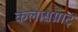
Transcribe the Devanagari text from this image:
कलासम्राट्